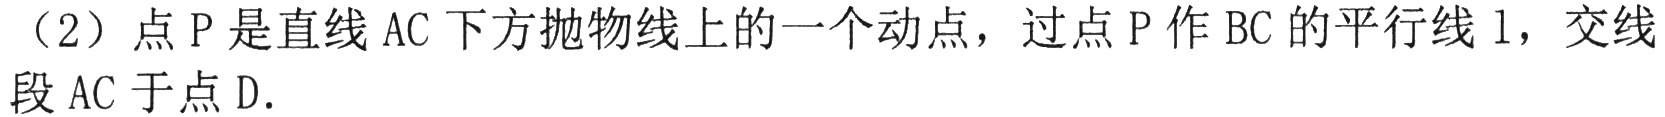
（2）点\(P\)是直线\(AC\)下方抛物线上的一个动点，过点\(P\)作\(BC\)的平行线\(l\)，交线段\(AC\)于点\(D\)．